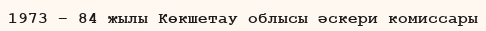
1973 – 84 жылы Көкшетау облысы әскери комиссары